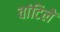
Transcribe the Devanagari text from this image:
वांटिलें